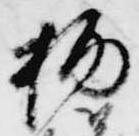
柄